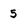
Character: 5